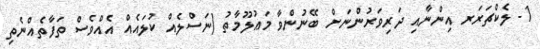
1- ލެކްޗަރަރ އިންނާއި ދަރިވަރުންނަށް ބޭނުންވާ މަޢުލޫމާތު (ނަސްލެއް ކުލައެއް އެއްވެސް ތަފާތެއްނެތި